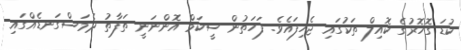
ކުޑަ ގޮހޮރުގެ ކޮއިލް ތަކުގައި ޖެހިފައެވެ. ފަހަތުން ސީކަމް އޮންނަނީ ތަފާތު ދެމަސްގަނޑެއްގައި